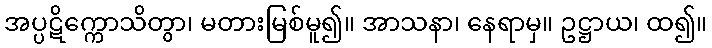
အပ္ပဋိက္ကောသိတွာ၊ မတားမြစ်မူ၍။ အာသနာ၊ နေရာမှ။ ဥဋ္ဌာယ၊ ထ၍။